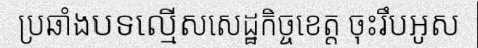
ប្រឆាំងបទល្មើសសេដ្ឋកិច្ចខេត្ត ចុះរឹបអូស